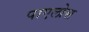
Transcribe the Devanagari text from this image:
पाएलोस